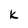
Character: k